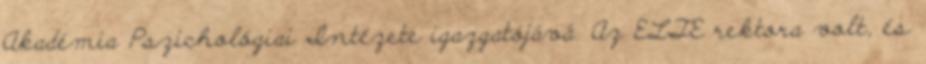
Akadémia Pszichológiai Intézete igazgatójává. Az ELTE rektora volt, és